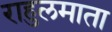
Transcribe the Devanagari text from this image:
राहुलमाता